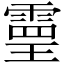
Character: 𩄇